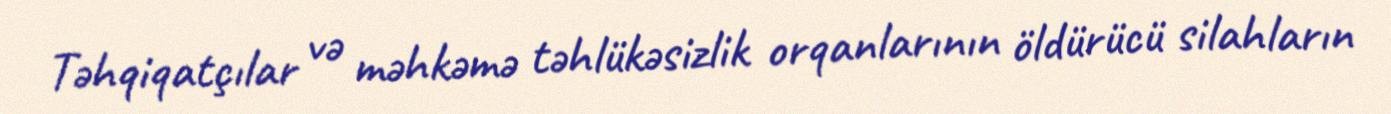
Təhqiqatçılar və məhkəmə təhlükəsizlik orqanlarının öldürücü silahların